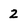
Character: 2